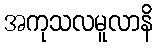
အကုသလမူလာနိ